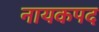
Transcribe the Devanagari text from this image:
नायकपद